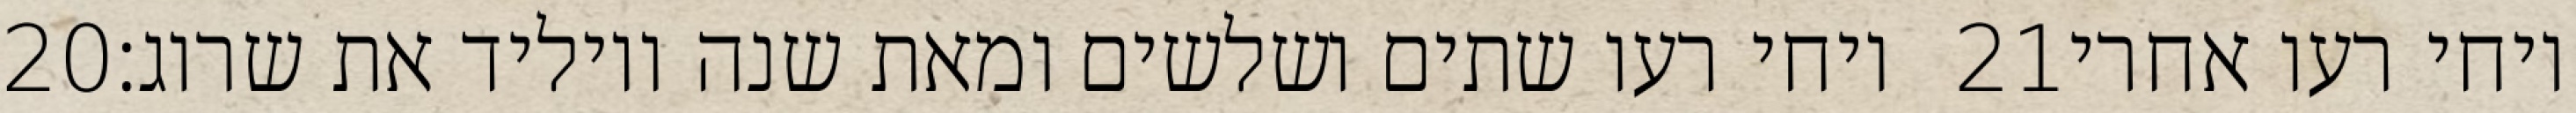
‎20‏ ויחי רעו שתים ושלשים ומאת שנה ויוליד את שרוג׃ ‎21‏ ויחי רעו אחרי